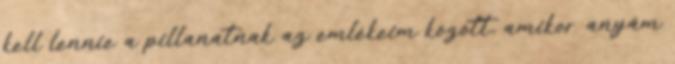
kell lennie a pillanatnak az emlékeim között, amikor anyám